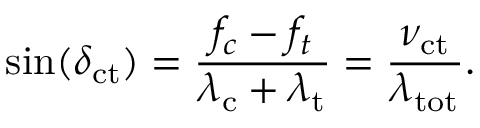
\sin ( \delta _ { \mathrm { c t } } ) = \frac { f _ { c } - f _ { t } } { \lambda _ { \mathrm { c } } + \lambda _ { \mathrm { t } } } = \frac { \nu _ { \mathrm { c t } } } { \lambda _ { \mathrm { t o t } } } .